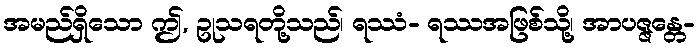
အမည်ရှိသော ဤ, ဥုသရတို့သည်၊ ရဿံ- ရဿအဖြစ်သို့၊ အာပဇ္ဇန္တေ-